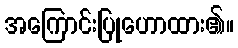
အကြောင်းပြုဟောထား၏။